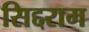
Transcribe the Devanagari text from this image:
सिद्दराम